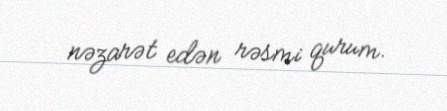
nəzarət edən rəsmi qurum.